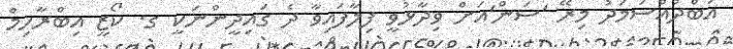
އަބްދުއްސަމަދު މިރޭ 'ސަން'އަށް ވިދާޅުވީ ފިލާފައިވާ ދެ ގައިދީންނަކީ ގ. ކޯޒީ އިބްރާހިމް